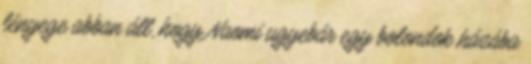
lényege abban áll, hogy Naomi ugyebár egy bolondok házába